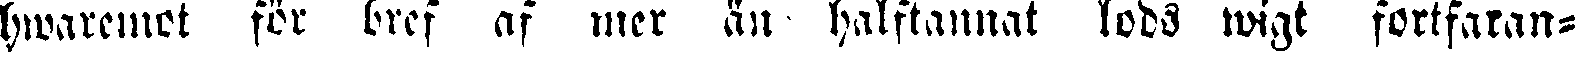
hwaremot för bref af mer än halftannat lods wigt fortfaran-